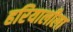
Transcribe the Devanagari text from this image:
हरियालीला